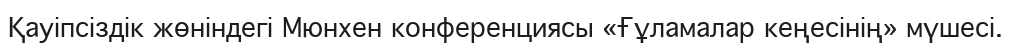
Қауіпсіздік жөніндегі Мюнхен конференциясы «Ғұламалар кеңесінің» мүшесі.